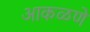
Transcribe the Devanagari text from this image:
आकळणे